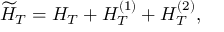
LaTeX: \widetilde H _ { T } = H _ { T } + H _ { T } ^ { ( 1 ) } + H _ { T } ^ { ( 2 ) } ,